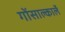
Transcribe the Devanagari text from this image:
गोंसाल्कार्ले